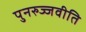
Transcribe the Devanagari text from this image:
पुनरुज्जवीति